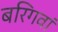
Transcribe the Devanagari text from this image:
बरिगवां